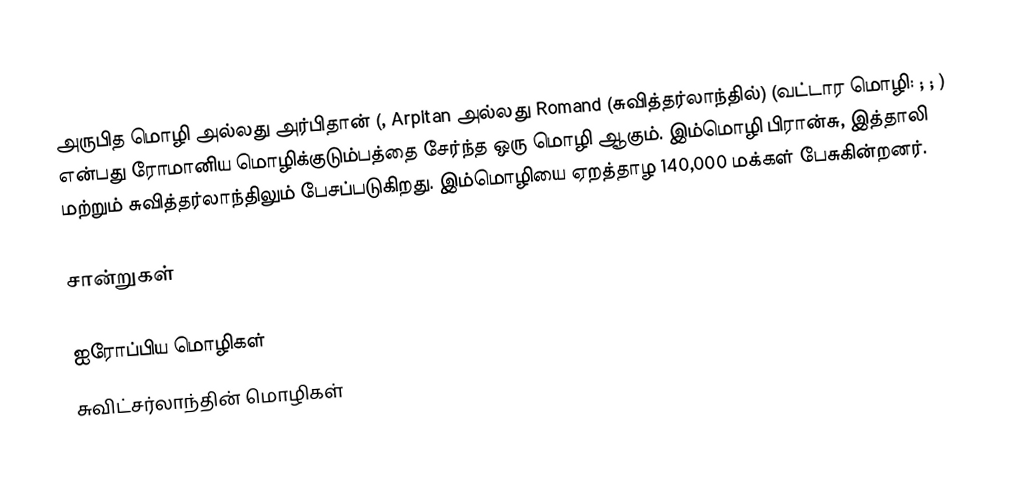
அருபித மொழி அல்லது அர்பிதான் (, Arpitan அல்லது Romand (சுவித்தர்லாந்தில்) (வட்டார மொழி: ; ; ) என்பது ரோமானிய மொழிக்குடும்பத்தை சேர்ந்த ஒரு மொழி ஆகும். இம்மொழி பிரான்சு, இத்தாலி மற்றும் சுவித்தர்லாந்திலும் பேசப்படுகிறது. இம்மொழியை ஏறத்தாழ 140,000 மக்கள் பேசுகின்றனர்.

சான்றுகள்

ஐரோப்பிய மொழிகள்
சுவிட்சர்லாந்தின் மொழிகள்